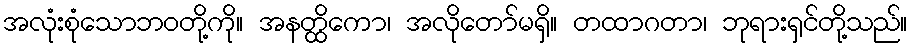
အလုံးစုံသောဘဝတို့ကို။ အနတ္ထိကော၊ အလိုတော်မရှိ။ တထာဂတာ၊ ဘုရားရှင်တို့သည်။